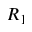
R _ { 1 }